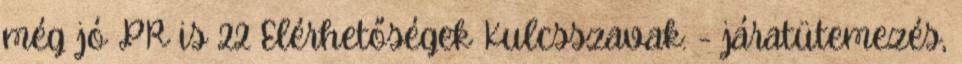
még jó PR is 22 Elérhetőségek Kulcsszavak: - járatütemezés,